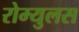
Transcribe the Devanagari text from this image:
रोम्युलस